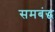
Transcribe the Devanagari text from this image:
समबंद्ध